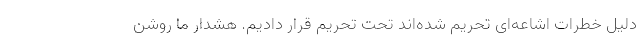
دلیل خطرات اشاعه‌ای تحریم شده‌اند تحت تحریم قرار دادیم. هشدار ما روشن